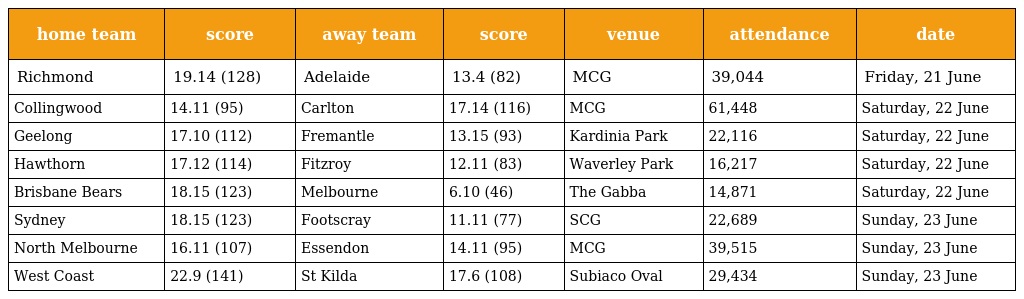
| home team | score | away team | score | venue | attendance | date |
 | --- | --- | --- | --- | --- | --- | --- |
 | Richmond | 19.14 (128) | Adelaide | 13.4 (82) | MCG | 39,044 | Friday, 21 June |
 | Collingwood | 14.11 (95) | Carlton | 17.14 (116) | MCG | 61,448 | Saturday, 22 June |
 | Geelong | 17.10 (112) | Fremantle | 13.15 (93) | Kardinia Park | 22,116 | Saturday, 22 June |
 | Hawthorn | 17.12 (114) | Fitzroy | 12.11 (83) | Waverley Park | 16,217 | Saturday, 22 June |
 | Brisbane Bears | 18.15 (123) | Melbourne | 6.10 (46) | The Gabba | 14,871 | Saturday, 22 June |
 | Sydney | 18.15 (123) | Footscray | 11.11 (77) | SCG | 22,689 | Sunday, 23 June |
 | North Melbourne | 16.11 (107) | Essendon | 14.11 (95) | MCG | 39,515 | Sunday, 23 June |
 | West Coast | 22.9 (141) | St Kilda | 17.6 (108) | Subiaco Oval | 29,434 | Sunday, 23 June |